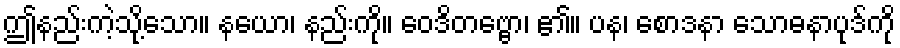
ဤနည်းကဲ့သို့သော။ နယော၊ နည်းကို။ ဝေဒိတဗ္ဗော၊ ၏။ ပန၊ စောဒနာ သောဓနာပုဒ်ကို